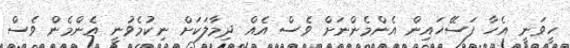
ހީވަނީ އެހާ ފަސޭހައިން އެންމެންނަށް ވެސް އެއް ދިމާލަކަށް ނިކުމެވުނީ އެންމެން ވެސް